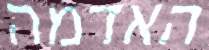
האדמה